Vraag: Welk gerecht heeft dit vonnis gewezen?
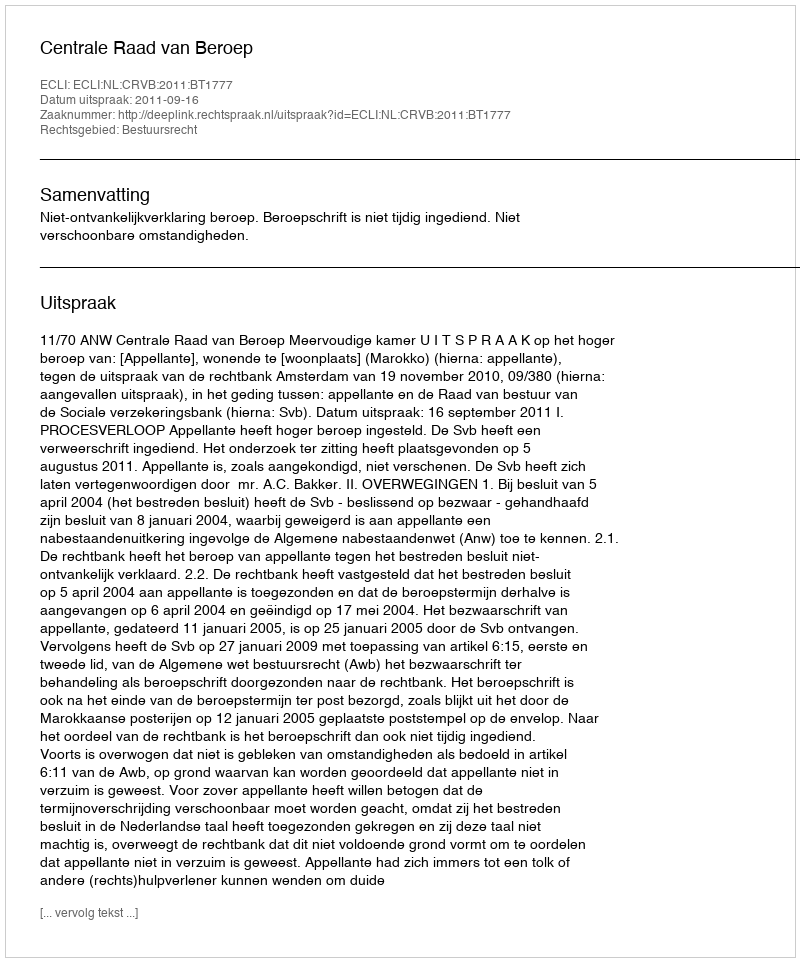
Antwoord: Centrale Raad van Beroep